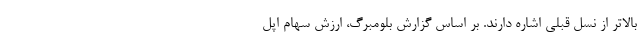
بالاتر از نسل قبلی اشاره دارند. بر اساس گزارش بلومبرگ، ارزش سهام اپل